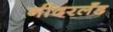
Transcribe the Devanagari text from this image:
नीदरलँड